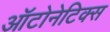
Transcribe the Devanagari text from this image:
ऑटोनेटिक्स